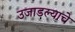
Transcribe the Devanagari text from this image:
उजाडल्याचे